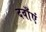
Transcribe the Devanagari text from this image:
दवाँएं